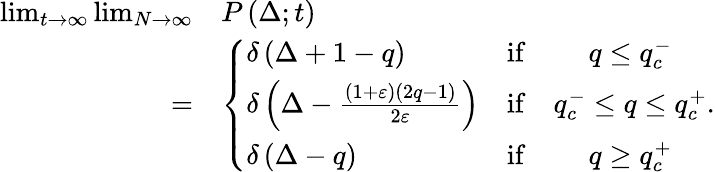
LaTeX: \begin{array}{rl}{\operatorname*{lim}_{t\to\infty}\operatorname*{lim}_{N\to\infty}}&{P\left(\Delta;t\right)}\\ {=}&{\left\{ \begin{array}{lcc}{\delta\left(\Delta+1-q\right)}&{\mathrm{if}}&{q\leq q_{c}^{-}}\\ {\delta\left(\Delta-\frac{\left(1+\varepsilon\right)\left(2q-1\right)}{2\varepsilon}\right)}&{\mathrm{if}}&{q_{c}^{-}\leq q\leq q_{c}^{+}}\\ {\delta\left(\Delta-q\right)}&{\mathrm{if}}&{q\geq q_{c}^{+}}\end{array}\right..}\end{array}